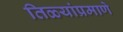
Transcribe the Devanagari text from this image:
तिळ्यांप्रमाणे